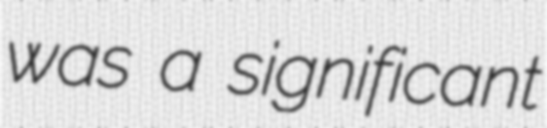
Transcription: was a significant